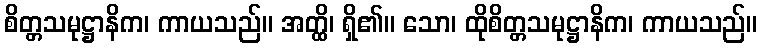
စိတ္တသမုဋ္ဌာနိက၊ ကာယသည်။ အတ္ထိ၊ ရှိ၏။ သော၊ ထိုစိတ္တသမုဋ္ဌာနိက၊ ကာယသည်။